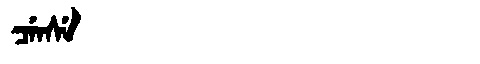
Manchu: ᠴᡝᠨᠰᡝ
Romanization: CENSE